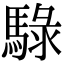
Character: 騄